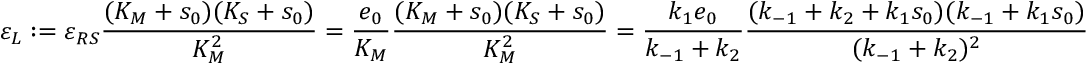
\varepsilon _ { L } : = \varepsilon _ { R S } \frac { ( K _ { M } + s _ { 0 } ) ( K _ { S } + s _ { 0 } ) } { K _ { M } ^ { 2 } } = \frac { e _ { 0 } } { K _ { M } } \frac { ( K _ { M } + s _ { 0 } ) ( K _ { S } + s _ { 0 } ) } { K _ { M } ^ { 2 } } = \frac { k _ { 1 } e _ { 0 } } { k _ { - 1 } + k _ { 2 } } \frac { ( k _ { - 1 } + k _ { 2 } + k _ { 1 } s _ { 0 } ) ( k _ { - 1 } + k _ { 1 } s _ { 0 } ) } { ( k _ { - 1 } + k _ { 2 } ) ^ { 2 } }